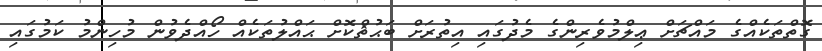
ގޮތްތަކެއްގެ މައްޗަށް ޢިލްމުވެރިންގެ މެދުގައި އިތުރަށް ބަޙުޘްކޮށް ޙައްލުތަކެއް ހޯއްދެވުން މުހިންމު ކަމުގައި